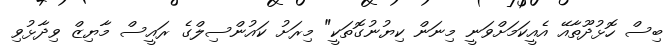
ބިސް ހޮޅުދޫތާއޭ އެއީކަމަށްވަނީ މިނަން ކިޔުނުގޮތަކީ" މިރަށު ކައުންސިލްގެ ރައީސް މާޔިޒް ވިދާޅުވި